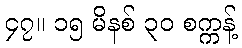
၄၇။ ၁၅ မိနစ် ၃၀ စက္ကန့်